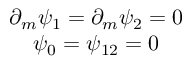
\begin{array} { c } { { \partial _ { m } \psi _ { 1 } = \partial _ { m } \psi _ { 2 } = 0 } } \\ { { \psi _ { 0 } = \psi _ { 1 2 } = 0 } } \end{array}